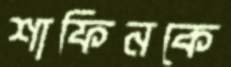
শাফিনকে